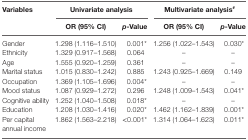
<table><thead><tr><td><b>Variables</b></td><td colspan="2"><b>Univariate analysis</b></td><td colspan="2"><b>Multivariate analysis<sup>#</sup></b></td></tr><tr><td></td><td><b>OR (95% CI)</b></td><td><b><i>p</i>-Value</b></td><td><b>OR (95% CI)</b></td><td><b><i>p</i>-Value</b></td></tr></thead><tbody><tr><td>Gender</td><td>1.298 (1.116–1.510)</td><td>0.001*</td><td>1.256 (1.022–1.543)</td><td>0.030*</td></tr><tr><td>Ethnicity</td><td>1.329 (0.917–1.568)</td><td>0.064</td><td>–</td><td>–</td></tr><tr><td>Age</td><td>1.555 (0.920–1.259)</td><td>0.361</td><td>–</td><td>–</td></tr><tr><td>Marital status</td><td>1.015 (0.830–1.242)</td><td>0.885</td><td>1.243 (0.925–1.669)</td><td>0.149</td></tr><tr><td>Occupation</td><td>1.369 (1.105–1.696)</td><td>0.004*</td><td>–</td><td>–</td></tr><tr><td>Mood status</td><td>1.087 (0.929–1.272)</td><td>0.296</td><td>1.248 (1.009–1.543)</td><td>0.041*</td></tr><tr><td>Cognitive ability</td><td>1.252 (1.040–1.508)</td><td>0.018*</td><td>–</td><td>–</td></tr><tr><td>Education</td><td>1.208 (1.030–1.416)</td><td>0.020*</td><td>1.462 (1.162–1.839)</td><td>0.001*</td></tr><tr><td>Per capital annual income</td><td>1.862 (1.563–2.218)</td><td>&lt;0.001*</td><td>1.314 (1.064–1.623)</td><td>0.011*</td></tr></tbody></table>